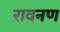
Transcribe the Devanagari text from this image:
रावनण